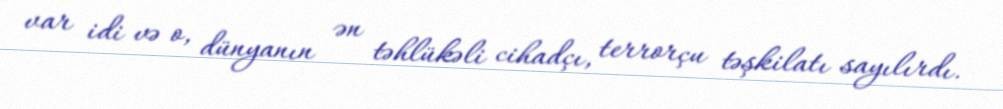
var idi və o, dünyanın ən təhlükəli cihadçı, terrorçu təşkilatı sayılırdı.